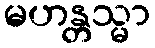
မဟန္တသ္မာ